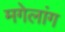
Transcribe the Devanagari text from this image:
मगेलांग